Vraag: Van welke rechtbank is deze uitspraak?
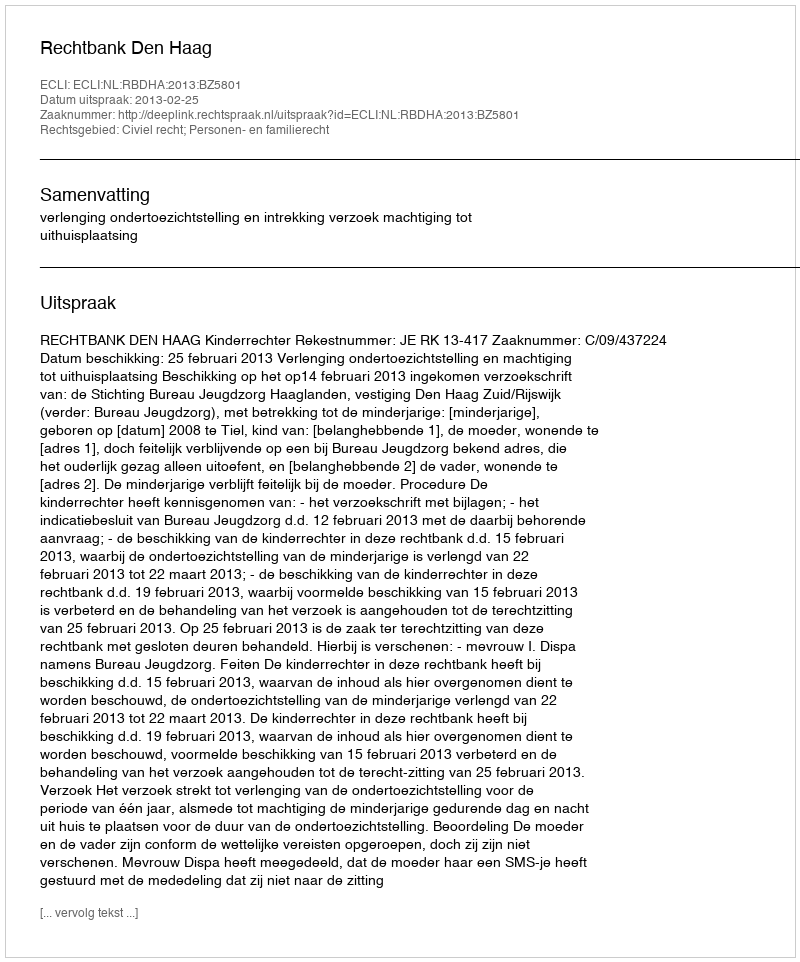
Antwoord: Rechtbank Den Haag